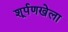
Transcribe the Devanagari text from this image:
शूर्पणखेला